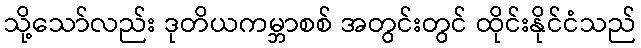
သို့သော်လည်း ဒုတိယကမ္ဘာစစ် အတွင်းတွင် ထိုင်းနိုင်ငံသည်